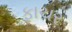
ફાચર